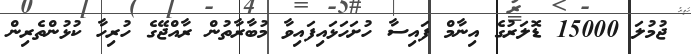
ޖުމުލަ 15000 ޑޮލަރުގެ އިނާމް ފައިސާ ހުށަހަޅައިފައިވާ މުބާރާތުން ރާއްޖޭގެ ހުރިހާ ކުޅުންތެރިން